Annual administration report of the Civil Veterinary Department of India - 1893-1894
Year: 1893
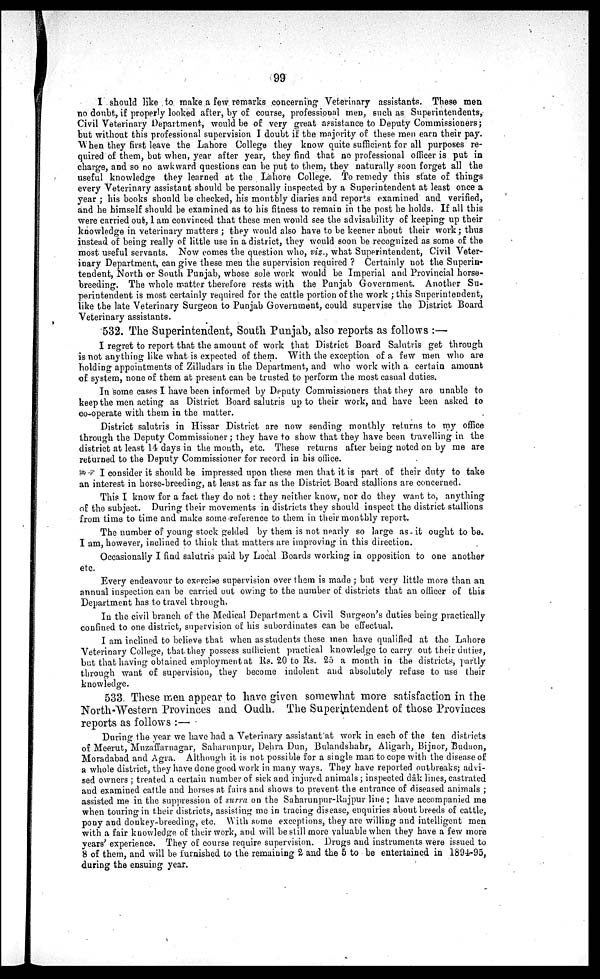
99
I should like to make a few remarks concerning Veterinary assistants. These men
no doubt, if property looked after, by of course, professional men, such as Superintendents,
Civil Veterinary Department, would be of very great assistance to Deputy Commissioners;
but without this professional supervision I doubt if the majority of these men earn their pay.
When they first leave the Lahore College they know quite sufficient for all purposes re-
quired of them, but when, year after year, they find that no professional officer is put in
charge, and so no awkward questions can be put to them, they naturally soon forget all the
useful knowledge they learned at the Lahore College. To remedy this state of things
every Veterinary assistant should be personally inspected by a Superintendent at least once a
year ; his books should be checked, his monthly diaries and reports examined and verified,
and he himself should be examined as to his fitness to remain in the post he holds. If all this
were carried out, I am convinced that these men would see the advisability of keeping up their
knowledge in veterinary matters ; they would also have to be keener about their work; thus
instead of being really of little use in a district, they would soon be recognized as some of the
most useful servants. Now comes the question who, viz., what Superintendent, Civil Veter-
inary Department, can give these men the supervision required ? Certainly not the Superin-
tendent, North or South Punjab, whose sole work would be Imperial and Provincial horse-
breeding. The whole matter therefore rests with the Punjab Government. Another Su-
perintendent is most certainly required for the cattle portion of the work ; this Superintendent,
like the late Veterinary Surgeon to Punjab Government, could supervise the District Board
Veterinary assistants.
532. The Superintendent, South Punjab, also reports as follows :—
I regret to report that the amount of work that District Board Salutris get through
is not anything like what is expected of them. With the exception of a few men who are
holding appointments of Zilladars in the Department, and who work with a certain amount
of system, none of them at present can be trusted to perform the most casual duties.
In some cases I have been informed by Deputy Commissioners that they are unable to
keep the men acting as District Board salutris up to their work, and have been asked to
co-operate with them in the matter.
District salutris in Hissar District are now sending monthly returns to my office
through the Deputy Commissioner; they have to show that they have been travelling in the
district at least 14 days in the mouth, etc. These returns after being noted on by me are
returned to the Deputy Commissioner for record in his office.
I consider it should be impressed upon these men that it is part of their duty to take
an interest in horse-breeding, at least as far as the District Board stallions are concerned.
This I know for a fact they do not : they neither know, nor do they want to, anything
of the subject. During their movements in districts they should inspect the district stallions
from time to time and make some reference to them in their monthly report.
The number of young stock gelded by them is not nearly so large as it ought to be.
I am, however, inclined to think that matters are improving in this direction.
Occasionally I find salutris paid by Local Boards working in opposition to one another
etc.
Every endeavour to exercise supervision over them is made ; but very little more than an
annual inspection can be carried out owing to the number of districts that an officer of this
Department has to travel through.
In the civil branch of the Medical Department a Civil Surgeon's duties being practically
confined to one district, supervision of his subordinates can be effectual.
I am inclined to believe that when as students these men have qualified at the Lahore
Veterinary College, that they possess sufficient practical knowledge to carry out their duties,
but that having obtained employment at Rs. 20 to Rs. 25 a month in the districts, partly
through want of supervision, they become indolent and absolutely refuse to use their
knowledge.
533 These men appear to have given somewhat more satisfaction in the
North-Western Provinces and Oudh. The Superintendent of those Provinces
reports as follows :—
During the year we have had a Veterinary assistant at work in each of the ten districts
of Meerut, Muzaffarnagar, Saharunpur, Dehra Dun, Bulandshahr, Aligarh, Bijnor, Budaon,
Moradabad and Agra. Although it is not possible for a single man to cope with the disease of
a whole district, they have done good work in many ways. They have reported outbreaks; advi-
sed owners ; treated a certain number of sick and injured animals; inspected dâk lines, castrated
and examined cattle and horses at fairs and shows to prevent the entrance of diseased animals ;
assisted me in the suppression of surra on the Saharunpur-Rajpur line ; have accompanied me
when touring in their districts, assisting me in tracing disease, enquiries about breeds of cattle,
pony and donkey-breeding, etc, With some exceptions, they are willing and intelligent men
with a fair knowledge of their work, and will be still more valuable when they have a few more
years' experience. They of course require supervision. Drugs and instruments were issued to
8 of them, and will be furnished to the remaining 2 and the 5 to be entertained in 1894-95,
during the ensuing year.